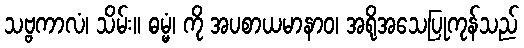
သဗ္ဗကာလံ၊ သိမ်း။ ဓမ္မံ၊ ကို အပစာယမာနာဝ၊ အရိုအသေပြုကုန်သည်